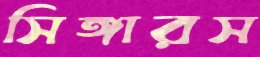
সিঙ্গারস